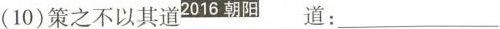
(10)策之不以其道 2016 朝阳 道：___